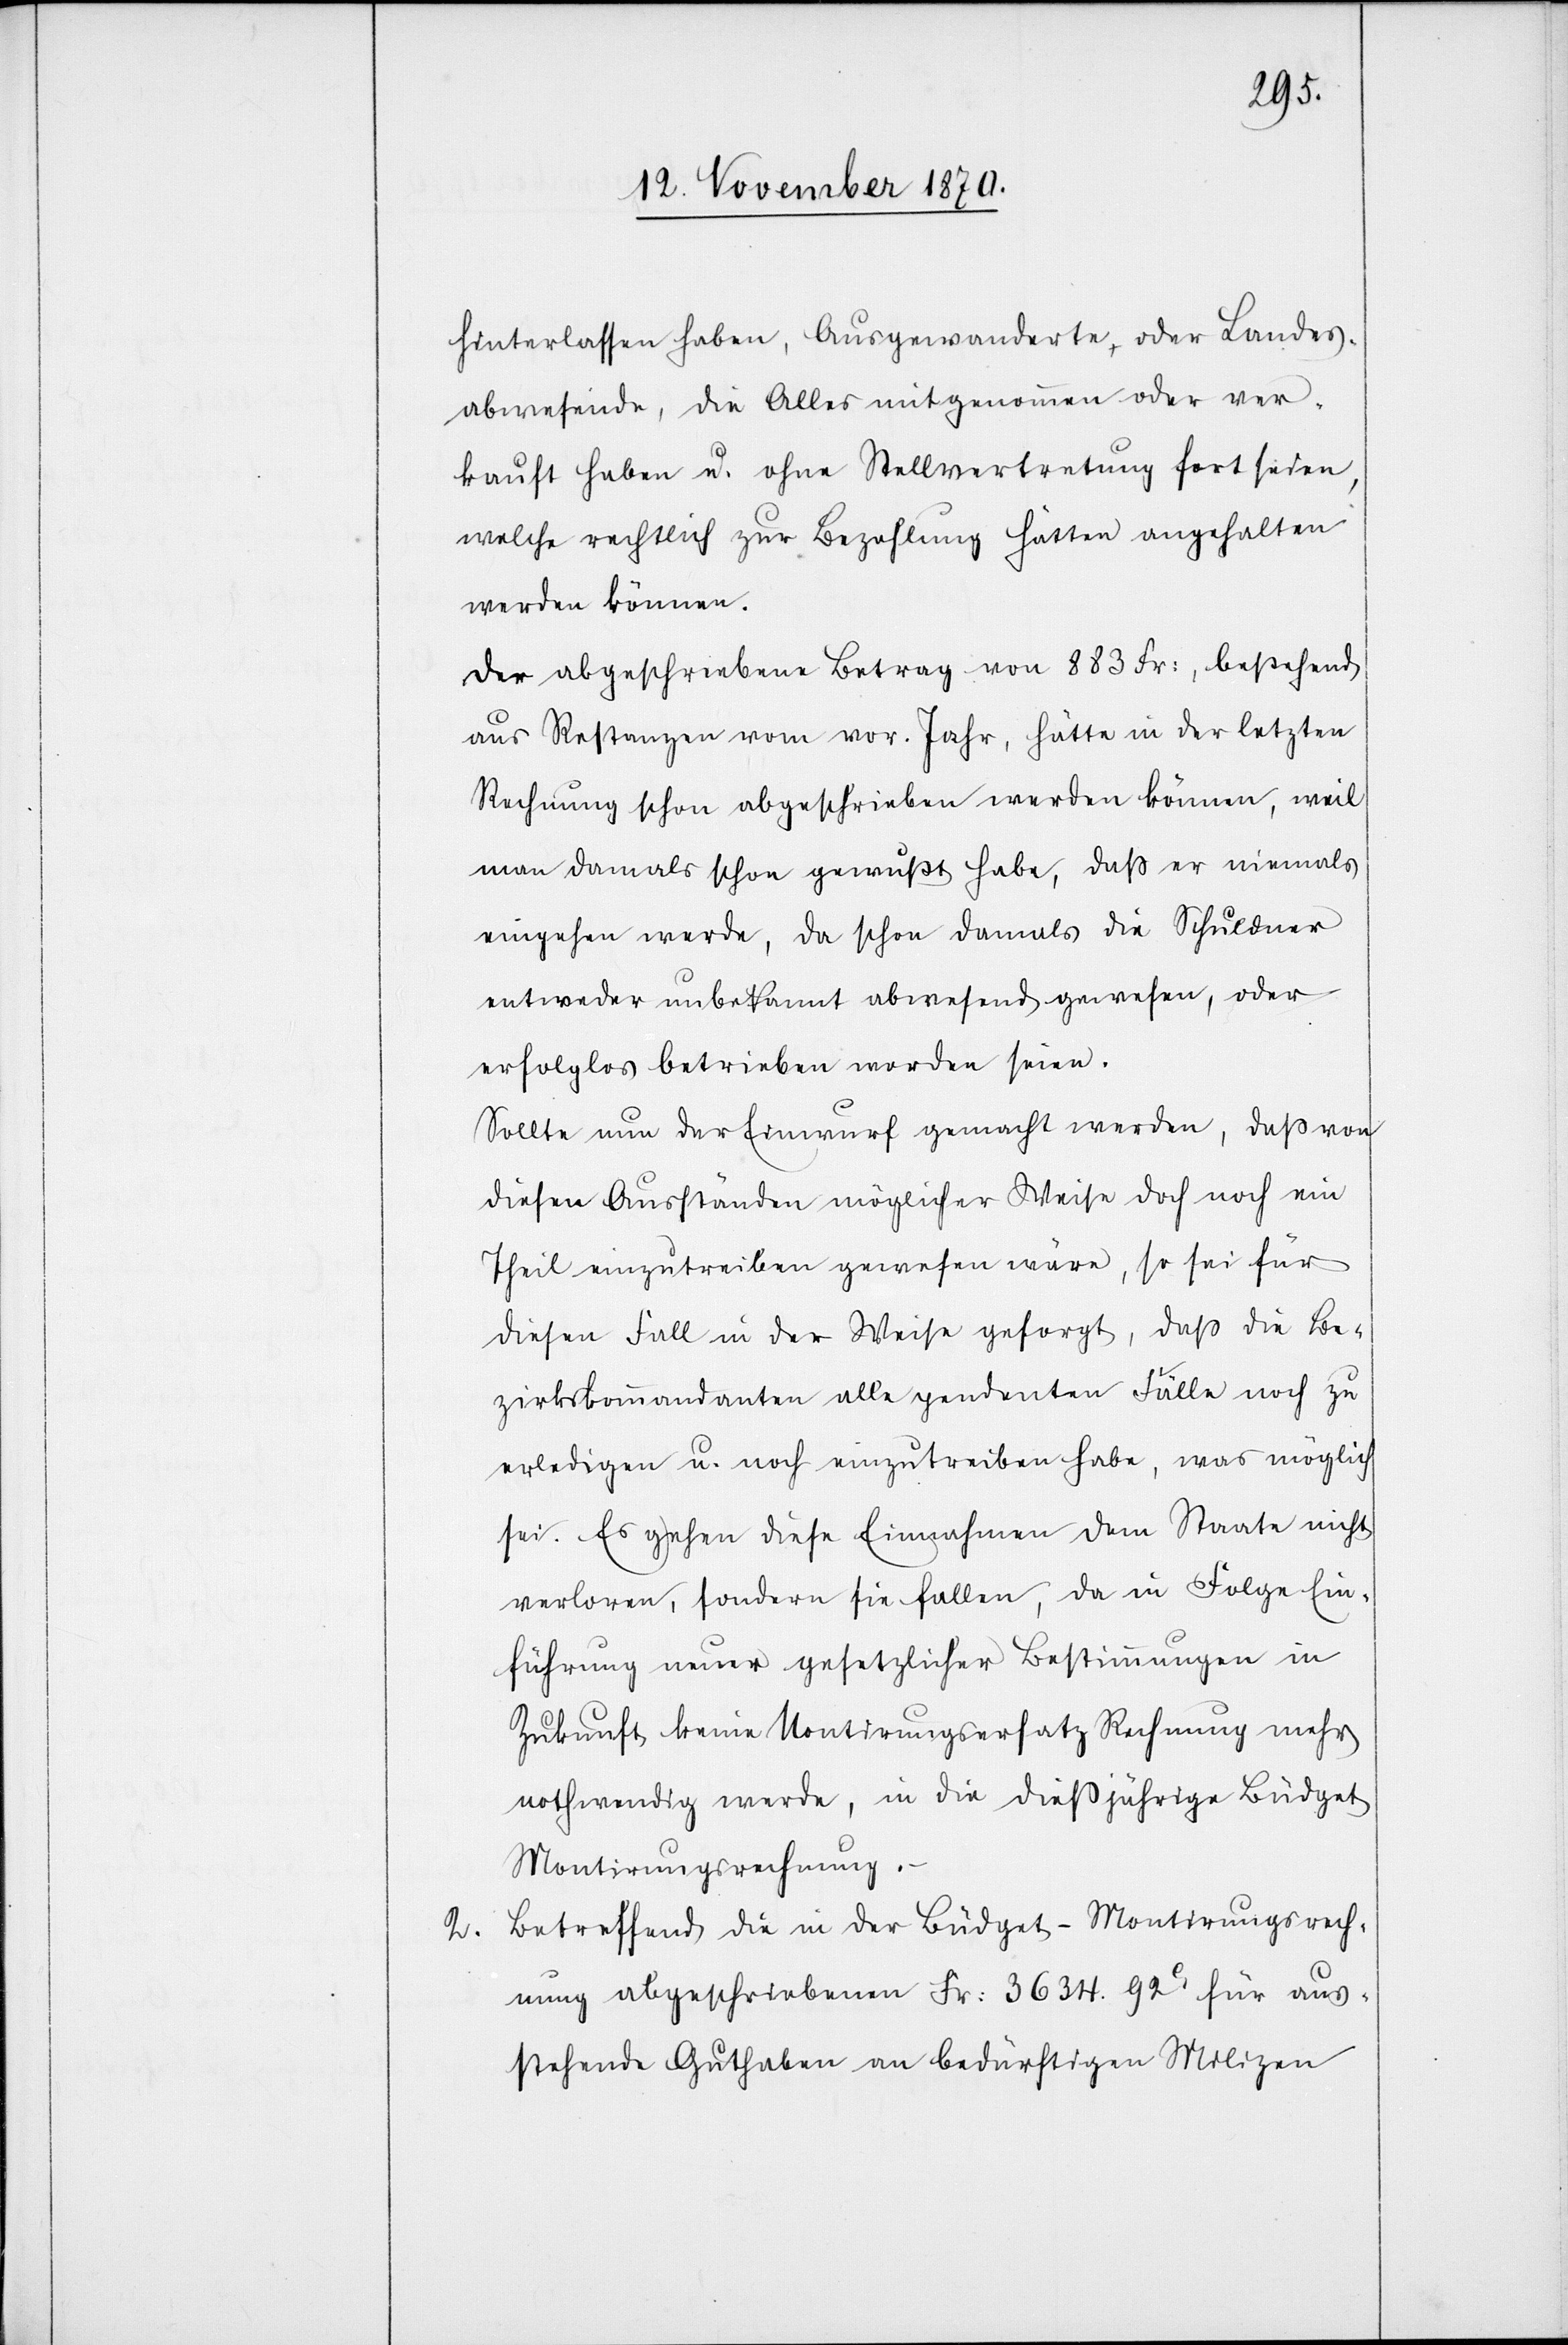
hinterlassen haben, Ausgewanderte oder Landes¬
abwesende, die Alles mitgenommen oder ver¬
kauft haben u. ohne Stellvertretung fort seien,
welche rechtlich zur Bezahlung hätten angehalten
werden können.
Der abgeschriebene Betrag von 883 Fr:, bestehend
aus Restanzen vom vor. Jahr, hätte in der letzten
Rechnung schon abgeschrieben werden können, weil
man damals schon gewußt habe, daß er niemals
eingehen werde, da schon damals die Schuldner
entweder unbekannt abwesend gewesen, oder
erfolglos betrieben worden seien.
Sollte nun der Einwurf gemacht werden, daß von
diesen Anständen möglicher Weise doch noch ein
Theil einzutreiben gewesen wäre, so sei für
diesen Fall in der Weise gesorgt, daß die Be¬
zirkskommandanten alle pendenten Fälle noch zu
erledigen u. noch einzutreiben habe[n], was möglich
sei. Es gehen diese Einnahmen dem Staate nicht
verloren, sondern sie fallen, da in Folge Ein¬
führung neuer gesetzlicher Bestimmungen in
Zukunft, keine Montirungsersatz Rechnung mehr
nothwendig werde, in die dießjährige Büdget
Montirungsrechnung.
Betreffend die in der Büdget-Montirungsrech¬
nung abgeschriebenen Fr: 3634. 92C. für aus¬
stehende Guthaben an bedürftigen Milizen